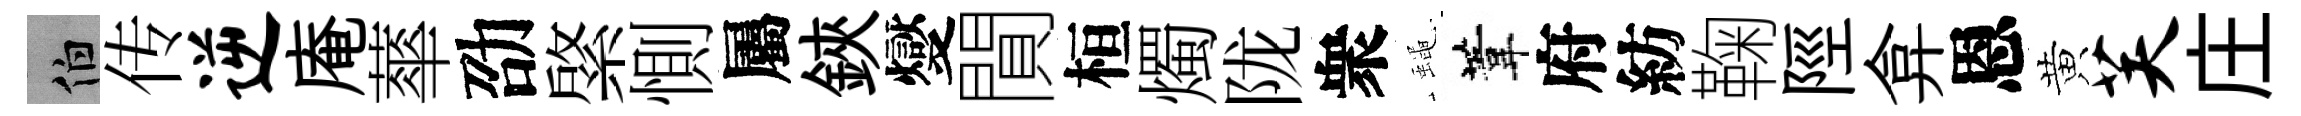
伯传逆庵蕐劭綮惻屬鋏燮閴桓燭陇衆蠅葦府紡鞠陘弇恩黄芙庄